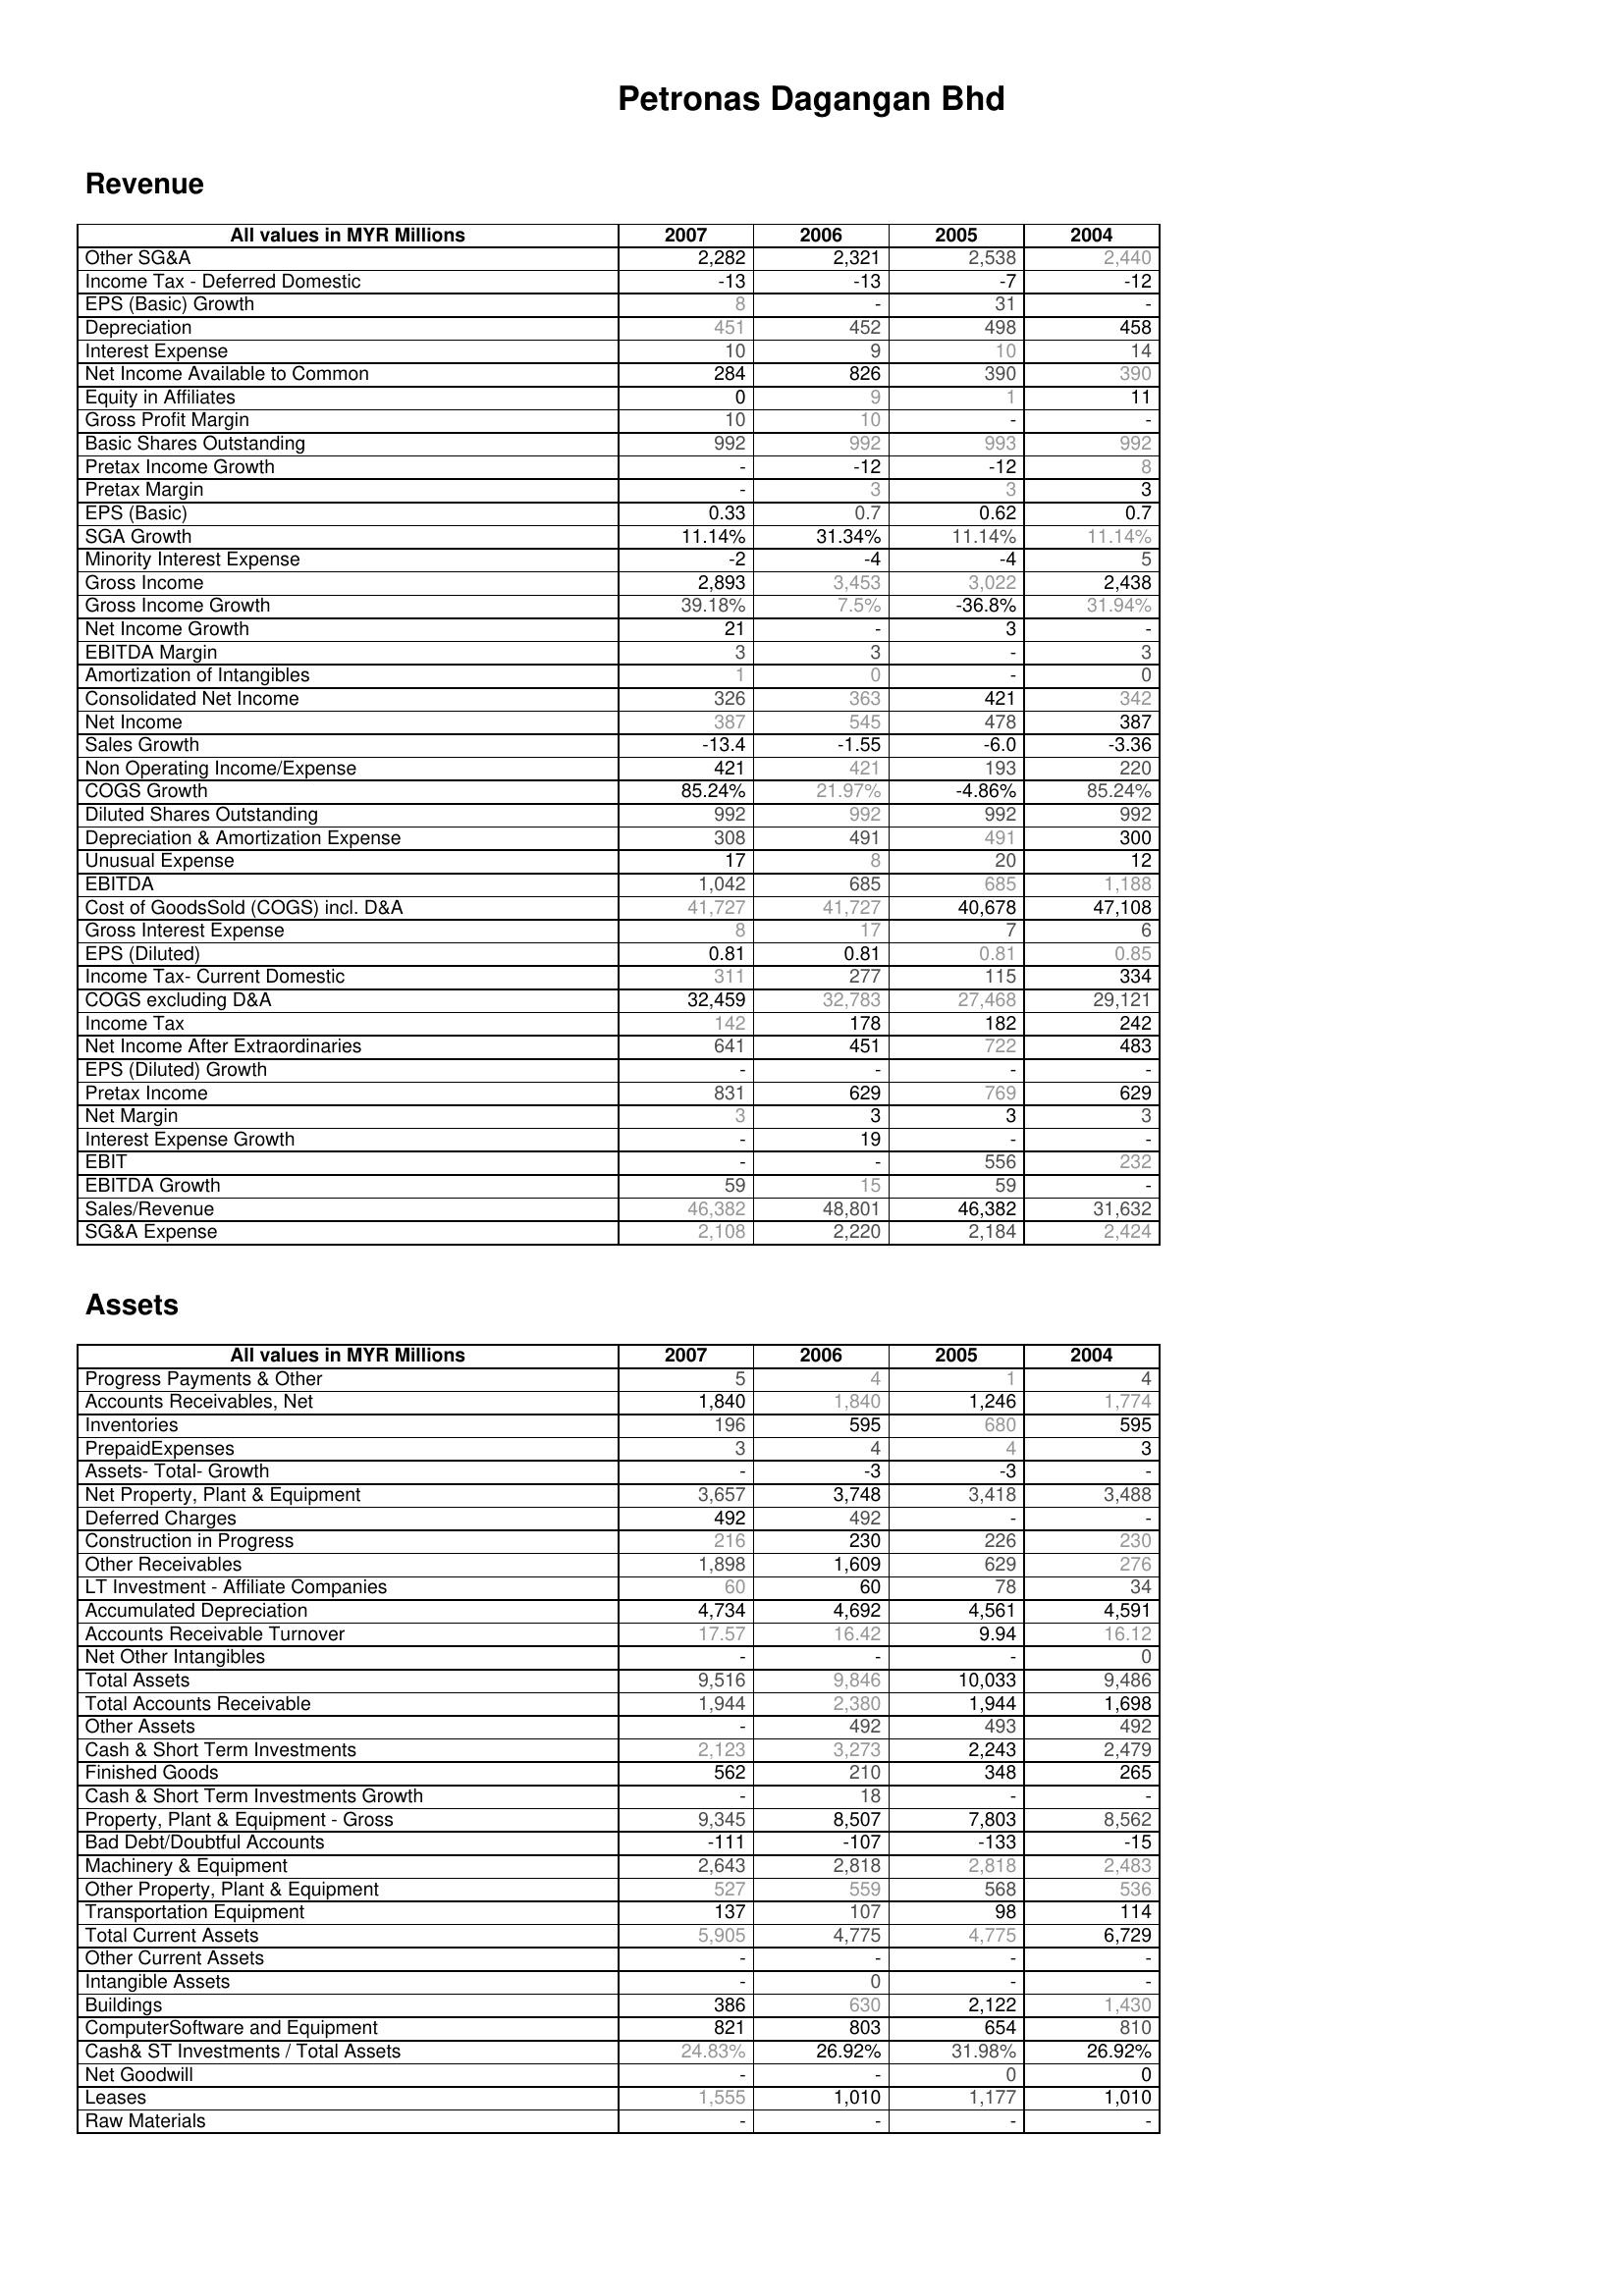
2007: Revenue: Other SG&A: 2,282
Income Tax - Deferred Domestic: -13
EPS (Basic) Growth: 8
Depreciation: 451
Interest Expense: 10
Net Income Available to Common: 284
Equity in Affiliates: 0
Gross Profit Margin: 10
Basic Shares Outstanding: 992
Pretax Income Growth: -
Pretax Margin: -
EPS (Basic): 0.33
SGA Growth: 11.14%
Minority Interest Expense: -2
Gross Income: 2,893
Gross Income Growth: 39.18%
Net Income Growth: 21
EBITDA Margin: 3
Amortization of Intangibles: 1
Consolidated Net Income: 326
Net Income: 387
Sales Growth: -13.4
Non Operating Income/Expense: 421
COGS Growth: 85.24%
Diluted Shares Outstanding: 992
Depreciation & Amortization Expense: 308
Unusual Expense: 17
EBITDA: 1,042
Cost of GoodsSold (COGS) incl. D&A: 41,727
Gross Interest Expense: 8
EPS (Diluted): 0.81
Income Tax- Current Domestic: 311
COGS excluding D&A: 32,459
Income Tax: 142
Net Income After Extraordinaries: 641
EPS (Diluted) Growth: -
Pretax Income: 831
Net Margin: 3
Interest Expense Growth: -
EBIT: -
EBITDA Growth: 59
Sales/Revenue: 46,382
SG&A Expense: 2,108
Assets: Progress Payments & Other: 5
Accounts Receivables, Net: 1,840
Inventories: 196
PrepaidExpenses: 3
Assets- Total- Growth: -
Net Property, Plant & Equipment: 3,657
Deferred Charges: 492
Construction in Progress: 216
Other Receivables: 1,898
LT Investment - Affiliate Companies: 60
Accumulated Depreciation: 4,734
Accounts Receivable Turnover: 17.57
Net Other Intangibles: -
Total Assets: 9,516
Total Accounts Receivable: 1,944
Other Assets: -
Cash & Short Term Investments: 2,123
Finished Goods: 562
Cash & Short Term Investments Growth: -
Property, Plant & Equipment - Gross : 9,345
Bad Debt/Doubtful Accounts: -111
Machinery & Equipment: 2,643
Other Property, Plant & Equipment: 527
Transportation Equipment: 137
Total Current Assets: 5,905
Other Current Assets: -
Intangible Assets: -
Buildings: 386
ComputerSoftware and Equipment: 821
Cash& ST Investments / Total Assets: 24.83%
Net Goodwill: -
Leases: 1,555
Raw Materials: -
2006: Revenue: Other SG&A: 2,321
Income Tax - Deferred Domestic: -13
EPS (Basic) Growth: -
Depreciation: 452
Interest Expense: 9
Net Income Available to Common: 826
Equity in Affiliates: 9
Gross Profit Margin: 10
Basic Shares Outstanding: 992
Pretax Income Growth: -12
Pretax Margin: 3
EPS (Basic): 0.7
SGA Growth: 31.34%
Minority Interest Expense: -4
Gross Income: 3,453
Gross Income Growth: 7.5%
Net Income Growth: -
EBITDA Margin: 3
Amortization of Intangibles: 0
Consolidated Net Income: 363
Net Income: 545
Sales Growth: -1.55
Non Operating Income/Expense: 421
COGS Growth: 21.97%
Diluted Shares Outstanding: 992
Depreciation & Amortization Expense: 491
Unusual Expense: 8
EBITDA: 685
Cost of GoodsSold (COGS) incl. D&A: 41,727
Gross Interest Expense: 17
EPS (Diluted): 0.81
Income Tax- Current Domestic: 277
COGS excluding D&A: 32,783
Income Tax: 178
Net Income After Extraordinaries: 451
EPS (Diluted) Growth: -
Pretax Income: 629
Net Margin: 3
Interest Expense Growth: 19
EBIT: -
EBITDA Growth: 15
Sales/Revenue: 48,801
SG&A Expense: 2,220
Assets: Progress Payments & Other: 4
Accounts Receivables, Net: 1,840
Inventories: 595
PrepaidExpenses: 4
Assets- Total- Growth: -3
Net Property, Plant & Equipment: 3,748
Deferred Charges: 492
Construction in Progress: 230
Other Receivables: 1,609
LT Investment - Affiliate Companies: 60
Accumulated Depreciation: 4,692
Accounts Receivable Turnover: 16.42
Net Other Intangibles: -
Total Assets: 9,846
Total Accounts Receivable: 2,380
Other Assets: 492
Cash & Short Term Investments: 3,273
Finished Goods: 210
Cash & Short Term Investments Growth: 18
Property, Plant & Equipment - Gross : 8,507
Bad Debt/Doubtful Accounts: -107
Machinery & Equipment: 2,818
Other Property, Plant & Equipment: 559
Transportation Equipment: 107
Total Current Assets: 4,775
Other Current Assets: -
Intangible Assets: 0
Buildings: 630
ComputerSoftware and Equipment: 803
Cash& ST Investments / Total Assets: 26.92%
Net Goodwill: -
Leases: 1,010
Raw Materials: -
2005: Revenue: Other SG&A: 2,538
Income Tax - Deferred Domestic: -7
EPS (Basic) Growth: 31
Depreciation: 498
Interest Expense: 10
Net Income Available to Common: 390
Equity in Affiliates: 1
Gross Profit Margin: -
Basic Shares Outstanding: 993
Pretax Income Growth: -12
Pretax Margin: 3
EPS (Basic): 0.62
SGA Growth: 11.14%
Minority Interest Expense: -4
Gross Income: 3,022
Gross Income Growth: -36.8%
Net Income Growth: 3
EBITDA Margin: -
Amortization of Intangibles: -
Consolidated Net Income: 421
Net Income: 478
Sales Growth: -6.0
Non Operating Income/Expense: 193
COGS Growth: -4.86%
Diluted Shares Outstanding: 992
Depreciation & Amortization Expense: 491
Unusual Expense: 20
EBITDA: 685
Cost of GoodsSold (COGS) incl. D&A: 40,678
Gross Interest Expense: 7
EPS (Diluted): 0.81
Income Tax- Current Domestic: 115
COGS excluding D&A: 27,468
Income Tax: 182
Net Income After Extraordinaries: 722
EPS (Diluted) Growth: -
Pretax Income: 769
Net Margin: 3
Interest Expense Growth: -
EBIT: 556
EBITDA Growth: 59
Sales/Revenue: 46,382
SG&A Expense: 2,184
Assets: Progress Payments & Other: 1
Accounts Receivables, Net: 1,246
Inventories: 680
PrepaidExpenses: 4
Assets- Total- Growth: -3
Net Property, Plant & Equipment: 3,418
Deferred Charges: -
Construction in Progress: 226
Other Receivables: 629
LT Investment - Affiliate Companies: 78
Accumulated Depreciation: 4,561
Accounts Receivable Turnover: 9.94
Net Other Intangibles: -
Total Assets: 10,033
Total Accounts Receivable: 1,944
Other Assets: 493
Cash & Short Term Investments: 2,243
Finished Goods: 348
Cash & Short Term Investments Growth: -
Property, Plant & Equipment - Gross : 7,803
Bad Debt/Doubtful Accounts: -133
Machinery & Equipment: 2,818
Other Property, Plant & Equipment: 568
Transportation Equipment: 98
Total Current Assets: 4,775
Other Current Assets: -
Intangible Assets: -
Buildings: 2,122
ComputerSoftware and Equipment: 654
Cash& ST Investments / Total Assets: 31.98%
Net Goodwill: 0
Leases: 1,177
Raw Materials: -
2004: Revenue: Other SG&A: 2,440
Income Tax - Deferred Domestic: -12
EPS (Basic) Growth: -
Depreciation: 458
Interest Expense: 14
Net Income Available to Common: 390
Equity in Affiliates: 11
Gross Profit Margin: -
Basic Shares Outstanding: 992
Pretax Income Growth: 8
Pretax Margin: 3
EPS (Basic): 0.7
SGA Growth: 11.14%
Minority Interest Expense: 5
Gross Income: 2,438
Gross Income Growth: 31.94%
Net Income Growth: -
EBITDA Margin: 3
Amortization of Intangibles: 0
Consolidated Net Income: 342
Net Income: 387
Sales Growth: -3.36
Non Operating Income/Expense: 220
COGS Growth: 85.24%
Diluted Shares Outstanding: 992
Depreciation & Amortization Expense: 300
Unusual Expense: 12
EBITDA: 1,188
Cost of GoodsSold (COGS) incl. D&A: 47,108
Gross Interest Expense: 6
EPS (Diluted): 0.85
Income Tax- Current Domestic: 334
COGS excluding D&A: 29,121
Income Tax: 242
Net Income After Extraordinaries: 483
EPS (Diluted) Growth: -
Pretax Income: 629
Net Margin: 3
Interest Expense Growth: -
EBIT: 232
EBITDA Growth: -
Sales/Revenue: 31,632
SG&A Expense: 2,424
Assets: Progress Payments & Other: 4
Accounts Receivables, Net: 1,774
Inventories: 595
PrepaidExpenses: 3
Assets- Total- Growth: -
Net Property, Plant & Equipment: 3,488
Deferred Charges: -
Construction in Progress: 230
Other Receivables: 276
LT Investment - Affiliate Companies: 34
Accumulated Depreciation: 4,591
Accounts Receivable Turnover: 16.12
Net Other Intangibles: 0
Total Assets: 9,486
Total Accounts Receivable: 1,698
Other Assets: 492
Cash & Short Term Investments: 2,479
Finished Goods: 265
Cash & Short Term Investments Growth: -
Property, Plant & Equipment - Gross : 8,562
Bad Debt/Doubtful Accounts: -15
Machinery & Equipment: 2,483
Other Property, Plant & Equipment: 536
Transportation Equipment: 114
Total Current Assets: 6,729
Other Current Assets: -
Intangible Assets: -
Buildings: 1,430
ComputerSoftware and Equipment: 810
Cash& ST Investments / Total Assets: 26.92%
Net Goodwill: 0
Leases: 1,010
Raw Materials: -